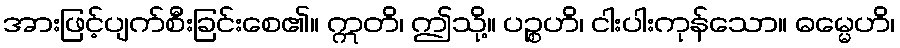
အားဖြင့်ပျက်စီးခြင်းစေ၏။ ဣတိ၊ ဤသို့။ ပဉ္စဟိ၊ ငါးပါးကုန်သော။ ဓမ္မေဟိ၊